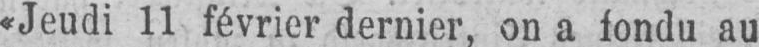
«Jeudi 11 février dernier, on a fondu au